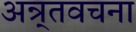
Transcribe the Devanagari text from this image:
अन्र्तवचना